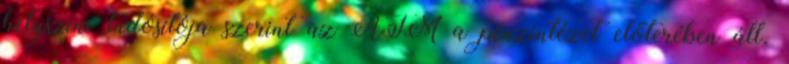
helyszíni tudósítója szerint az ATM a pénzintézet előterében áll.